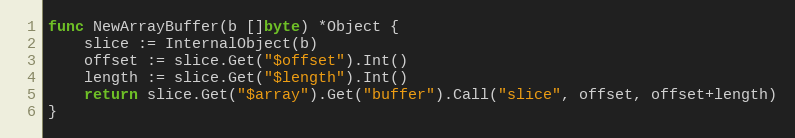
Language: Go
func NewArrayBuffer(b []byte) *Object {
	slice := InternalObject(b)
	offset := slice.Get("$offset").Int()
	length := slice.Get("$length").Int()
	return slice.Get("$array").Get("buffer").Call("slice", offset, offset+length)
}